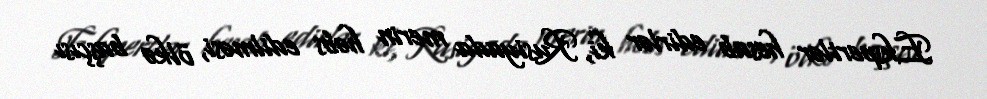
Ekspertlər hesab edirlər ki, Rusiyada merin həbs edilməsi, ölkə başçısı